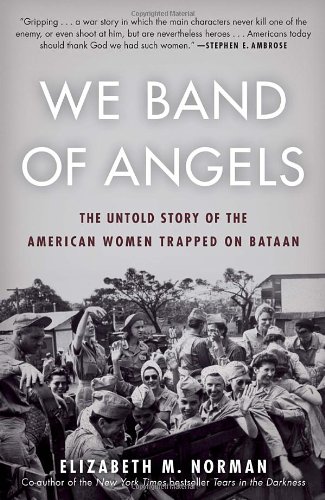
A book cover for We Band of Angels: The Untold Story of the American Women Trapped on Bataan; Elizabeth Norman; Medical Books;